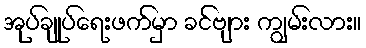
အုပ်ချုပ်ရေးဖက်မှာ ခင်ဗျား ကျွမ်းလား။